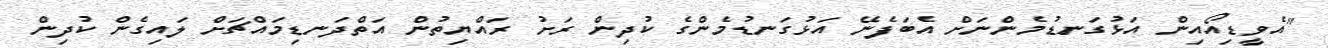
"އެވީޑިއޯއިން އަޅުގަނޑުމެންނަށް އެބަފެނޭ އަޅުގަނޑުމެންގެ ކުދިން ރަށު ރައްޔިތުން އަތްދަނޑިމައްޗަށް ލައިގެން ކުދިން